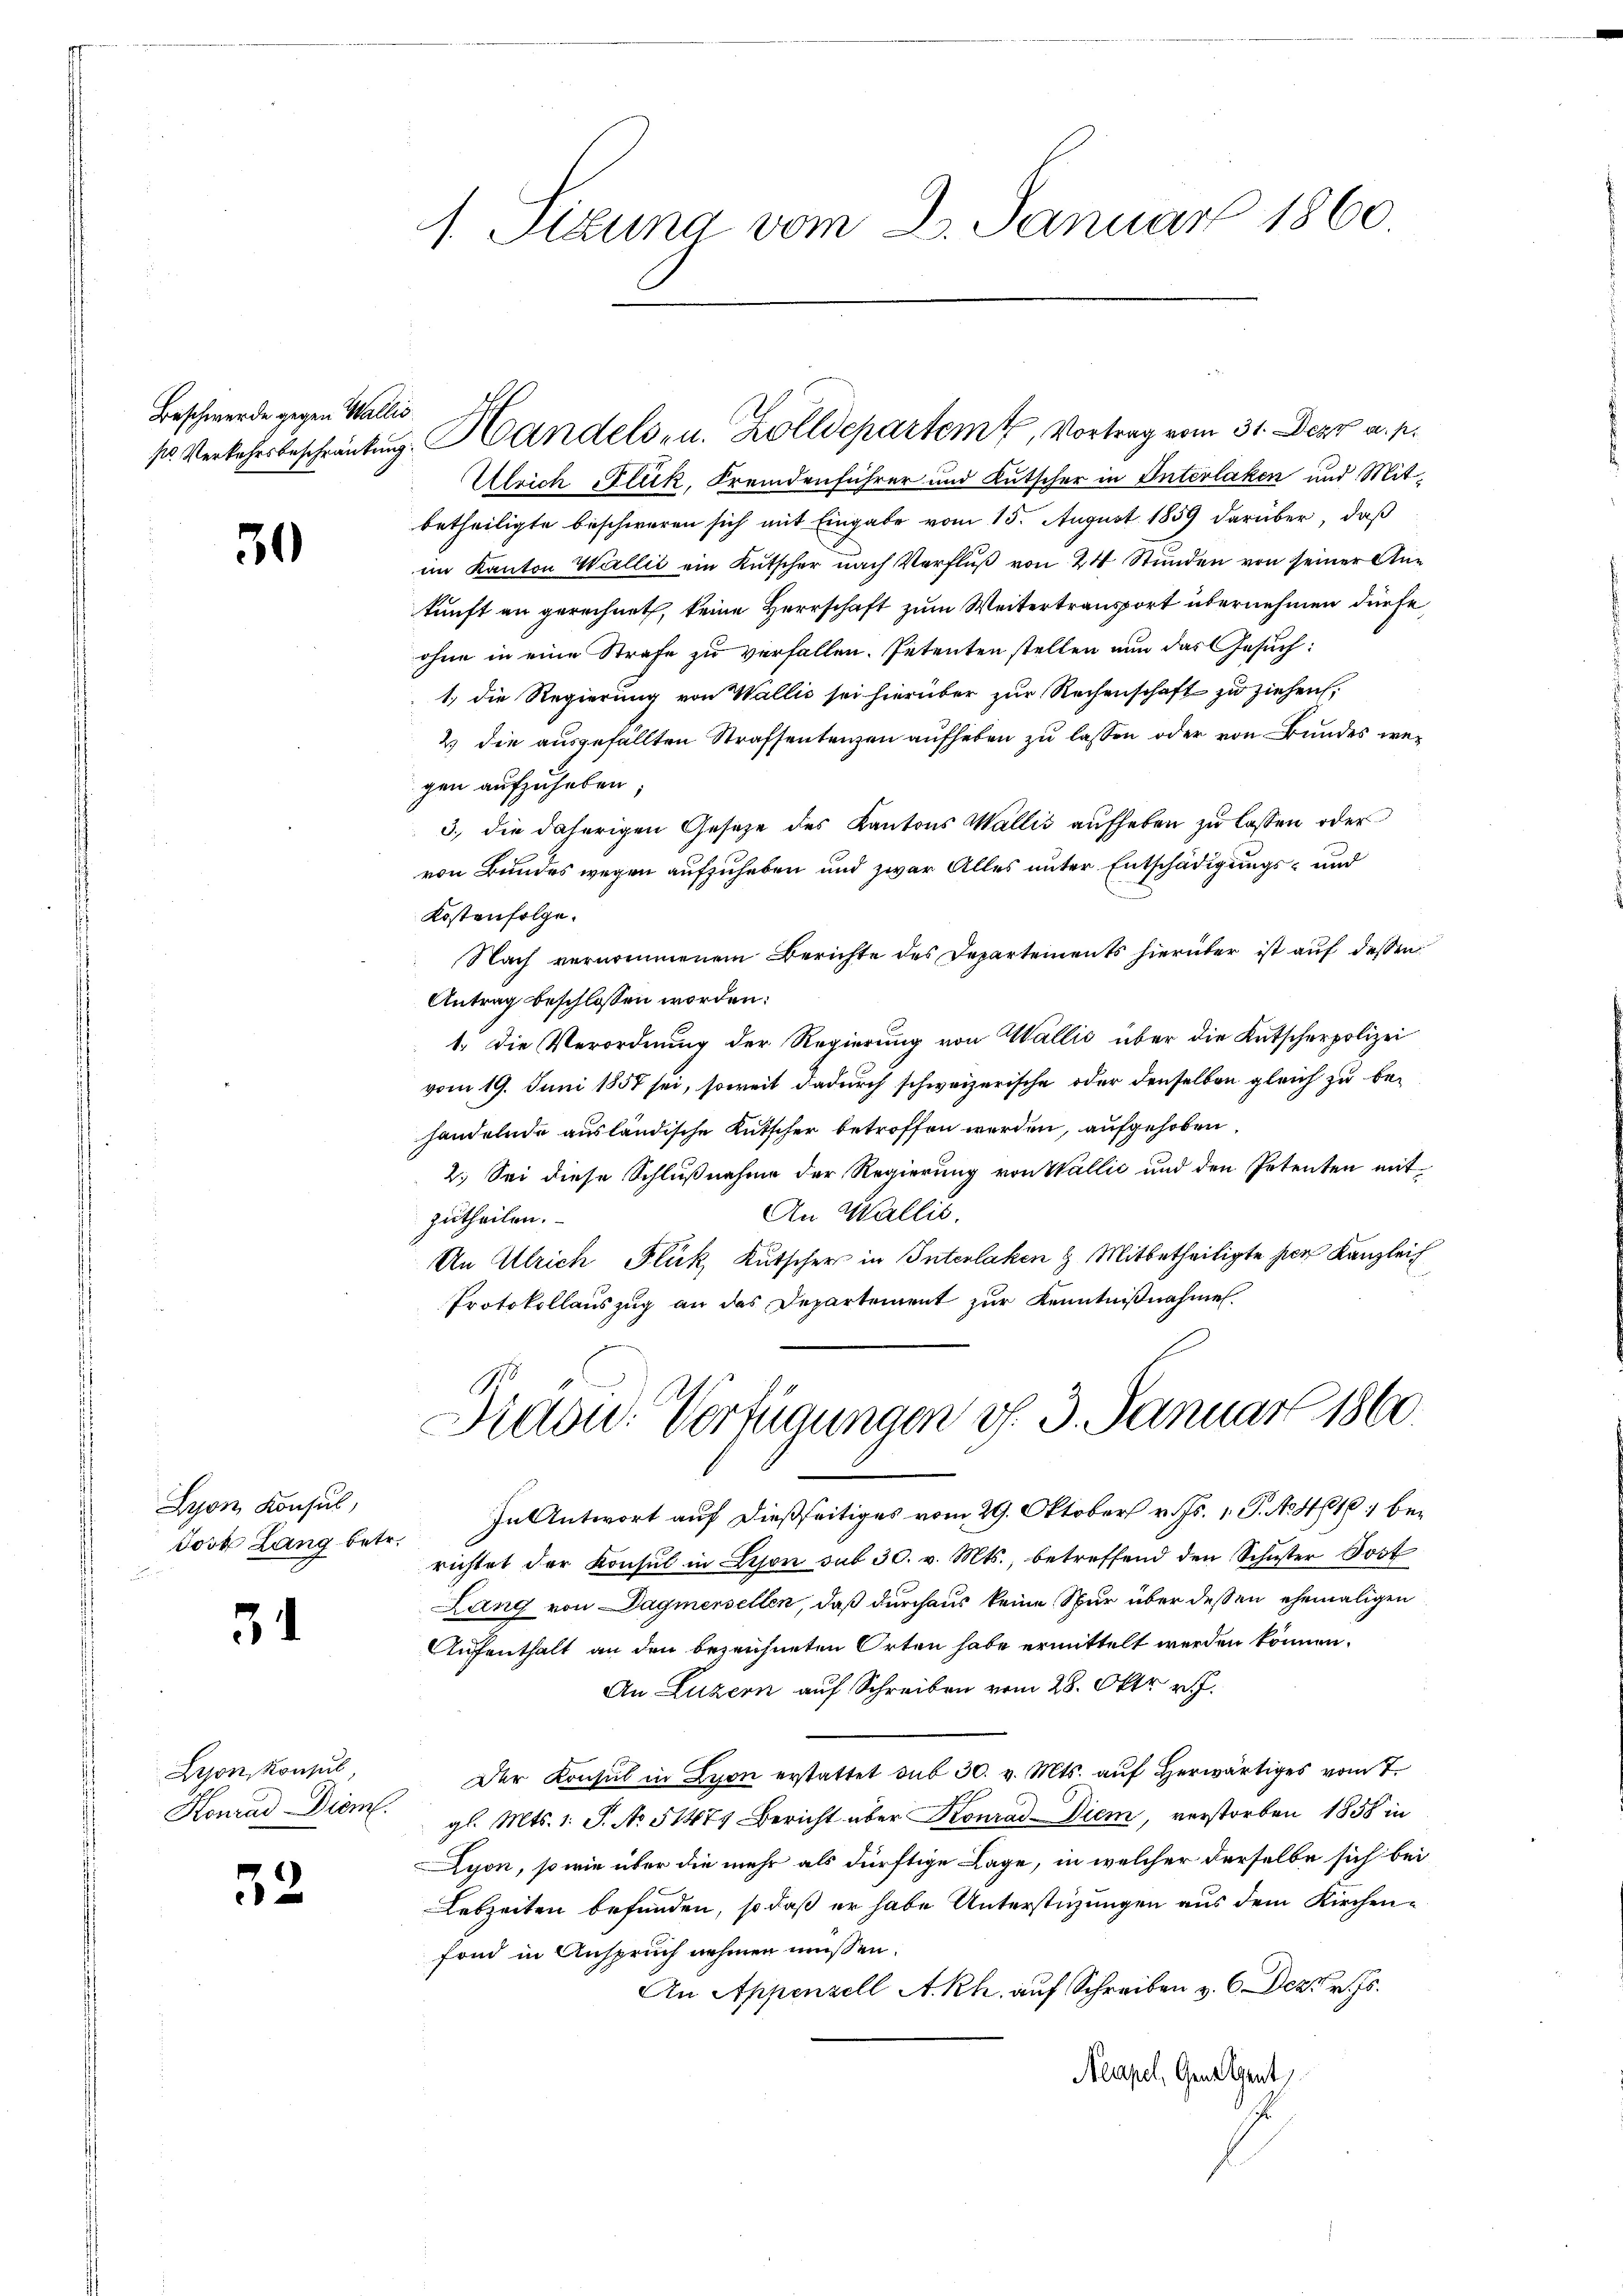
Beschwerde gegen Wallis

30

Lyon Konsul,
Jost Lang betr.

4

Lyon Konsul
Honrad Diem

53

1. Secuna vom 2. Januar 1860.

s
Ulrich Flück, Fremdenführer und Kutscher in Interlaken und Mitbetheiligte beschweren sich mit Eingabe vom 15. August 1859 darüber, daß
im Kanton Wallić ein Kutscher nach Verflŭβ von 24 Stunden von seiner Ane
kunft an gerechnet, keine Herrschaft zum Weitertransport übernehmen dürfe,
ohne in eine Strafe zu verfallen. Petenten stellen nun das Gesuch:
1., die Regierung von Wallis sei hierüber zur Rechenschaft zu ziehen:
2 die ausgefällten Strafsentenzen aufheben zu lassen oder von Bundes wegen aufzuheben;
3., die daherigen Gesetze des Kantons Wallis aufheben zu lassen oder
von Bundes wegen aufzuheben und zwar Alles unter Entschädigungs- und
B
Kostenfolge.
Nach vernommenem Berichte des Departements hierüber ist auf dessen
Antrag beschlossen worden:
1. Die Verordnung der Regierung von Wallis über die Kutscherpolizei
vom 19. Juni 1857 sei, soweit dadurch schweizerische oder denselben gleich zu behandelnde ausländische Kutscher betroffen werden, aufgehoben,
2. Sei diese Schlußnahme der Regierung von Wallić und den Petenten mit
An Wallis.
zutheilen.
An Ulrich Fluck, Kutscher in Interlaken H. Mitbetheiligte her Kanzlei
Protokollauszug an das Departement zur Kenntnißnahmen.

sr Verkehrsbeschränkung. Handels- u. Zolldepartem Vortrag vom 31. Dezz a. p.

In Antwort auf dießseitiges vom 29. Oktober v. Js. v. J. No. 410 berichtet der Konsul in Lison sub 30. v. Mts., betreffend den Schuster Post
Lang von Dagmersellen, daß durchaus keine Spur über dessen ehemaligen
Aufenthalt an den bezeichneten Orten habe ermittelt werden können.
An Luzern auf Schreiben vom 28. Oktr. v. J.
Der Konsul in Lyon erstattet sub 30. v. Mts. auf herwärtiges vom 7.
gl. Mts. 1. S. No 51471 Bericht über Konrad-Diem, verstorben 1858 in
Lyon, so wie über die mehr als dürftige Lage, in welcher derselbe sich bei
Lebzeiten befunden, so daß er habe Unterstüzungen aus dem Kirchenfond in Anspruch nehmen müssen.
An Appenzell A.Rh. auf Schreiben v. 6. Dez. v. Js.
Neapel, Geneigent
J

178
Didon. Verfügungen v. 3. Januar 1860.